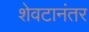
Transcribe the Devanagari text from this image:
शेवटानंतर